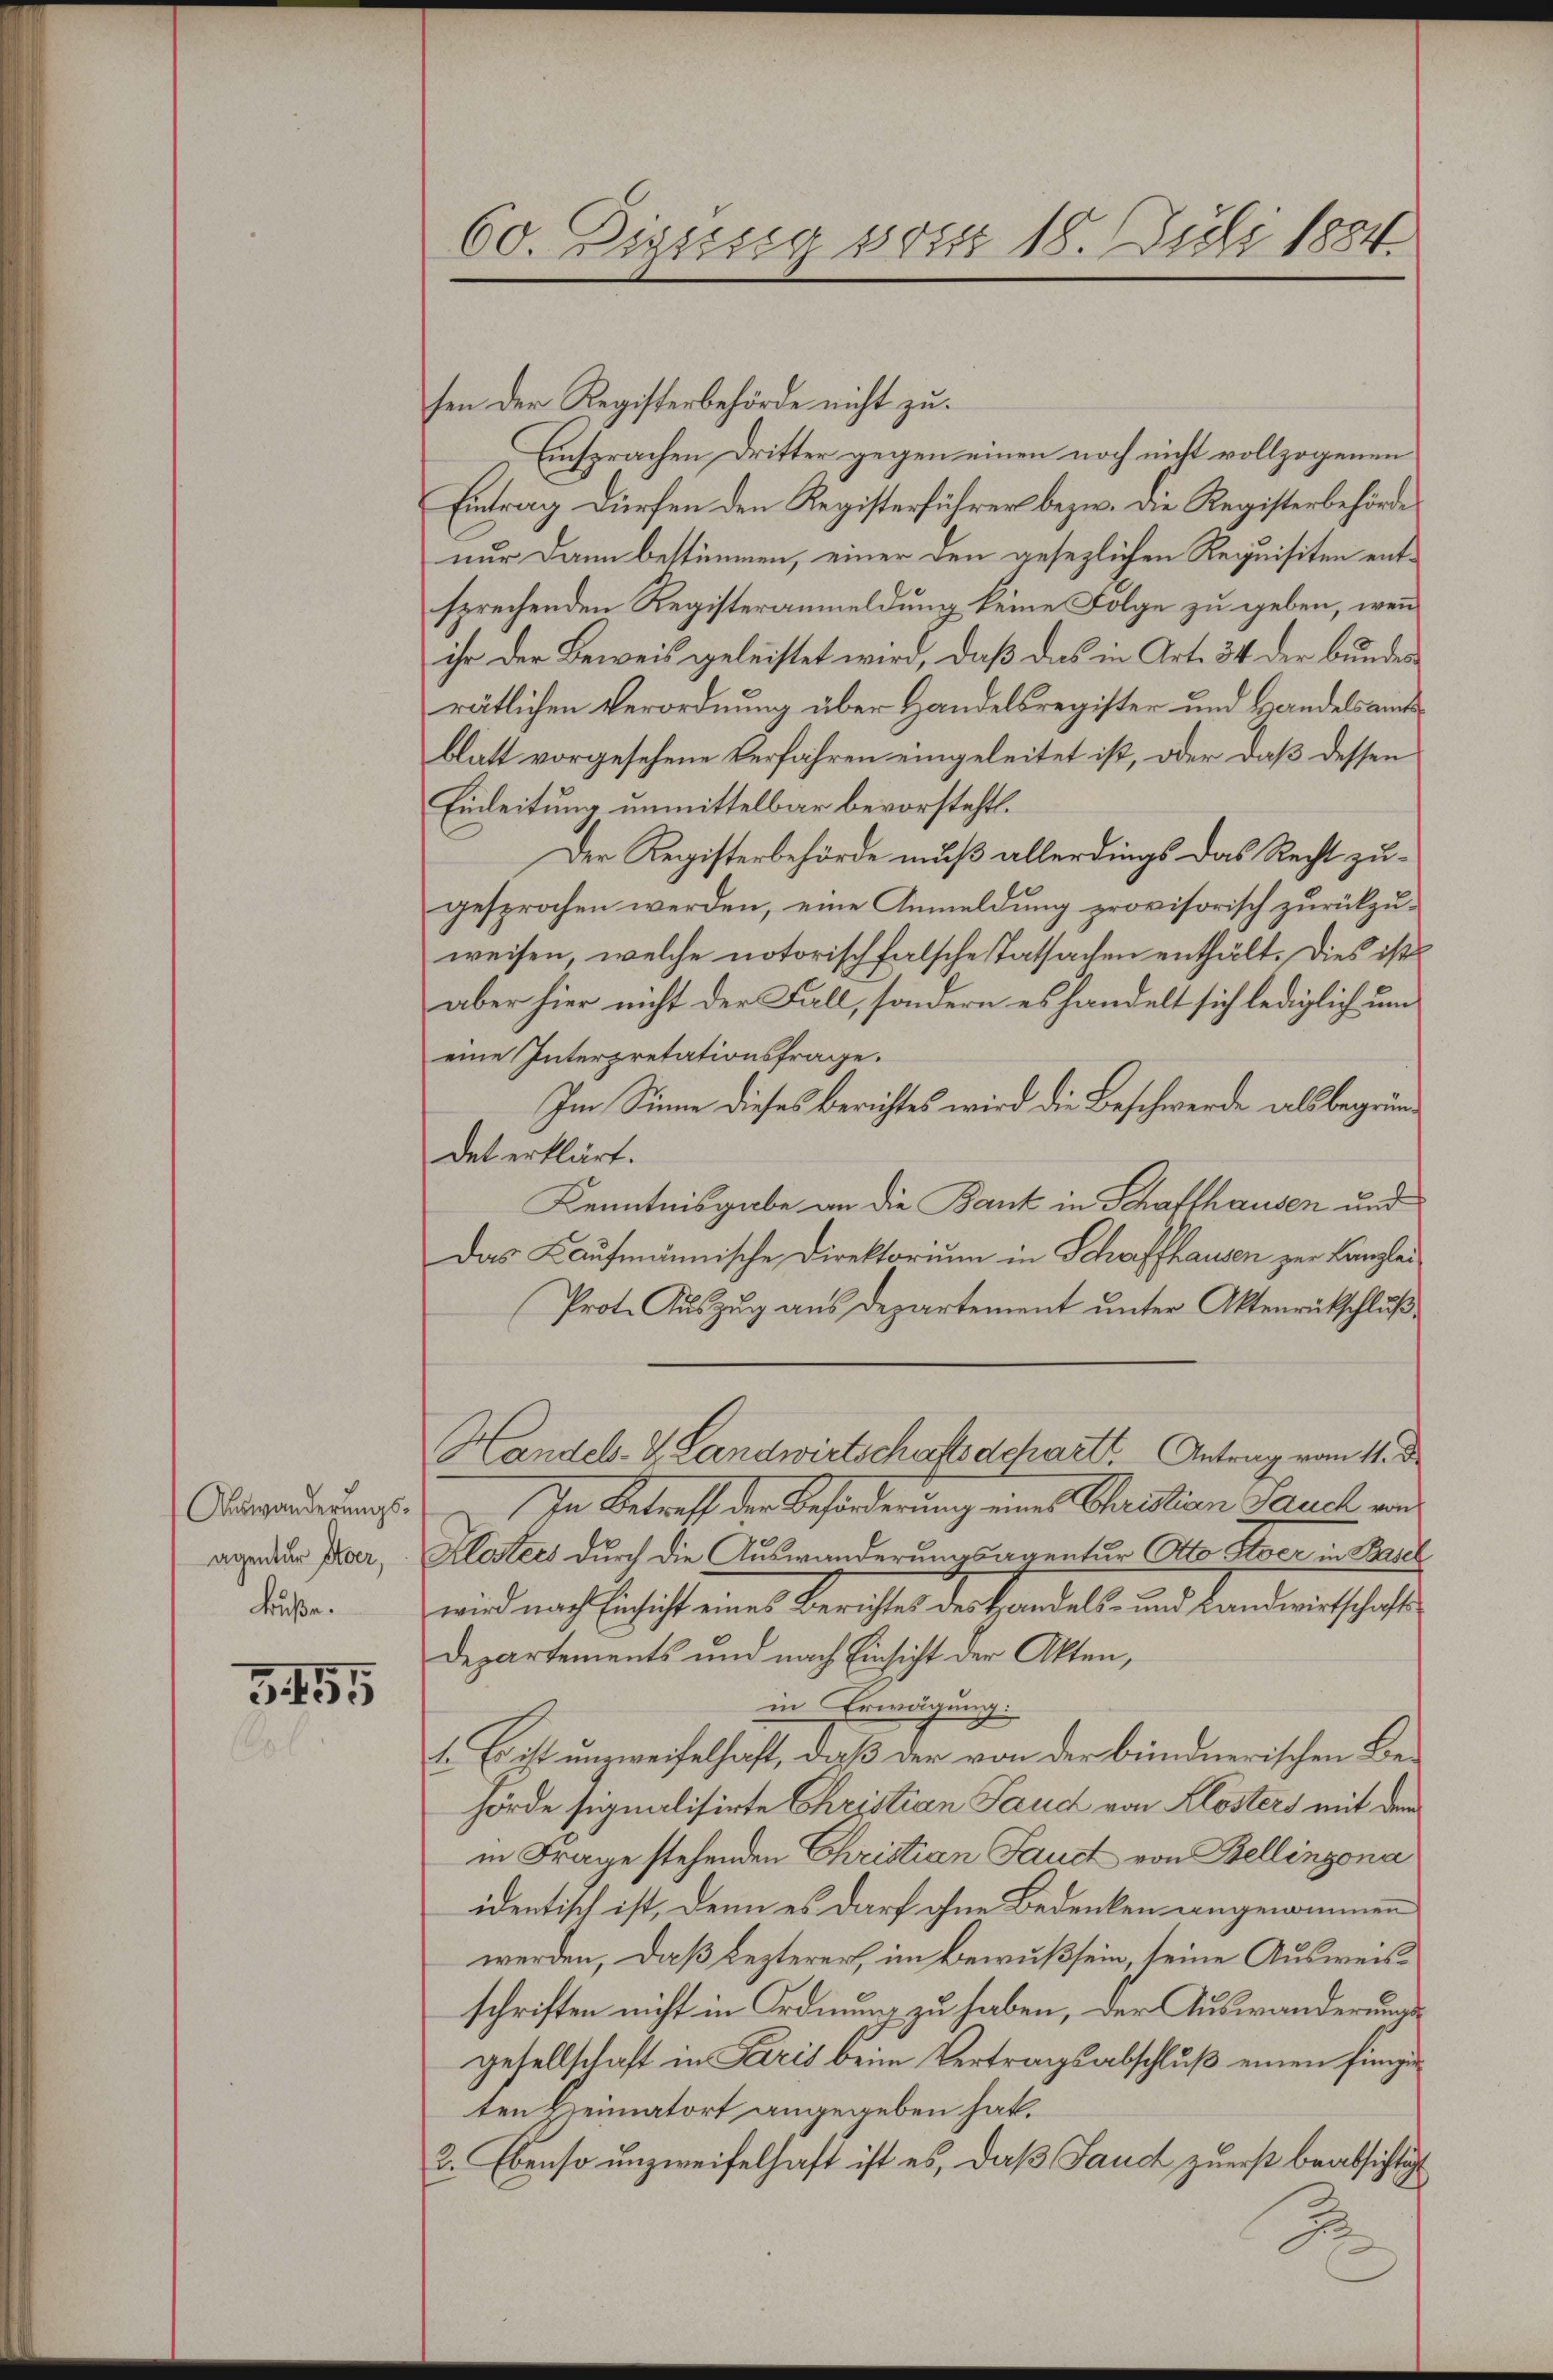
Auswanderungsagentur Aber,
Früße.

G. 151

60. Diesssig von 18. Juli 1884

sen der Registerbehörde nicht zu.
Einsprachen Dritter gegen einen noch nicht vollzogenen
Eintrag dürfen den Registerführer bezw. die Registerbehörde
nur dann bestimmen, einer den gesezlichen Requisiten entsprechenden Registeranmeldung keine Folge zu geben, wenn
ihr der Beweis geleistet wird, daß das in Art. 34 der bundesrätlichen Verordnung über Handelsregister und Handelsamtsblatt vorgesehene Verfahren eingeleitet ist, oder daß dessen
Einleitung unmittelbar bevorsteht.
Der Registerbehörde muß allerdings das Recht zugesprochen werden, eine Anmeldŭng provisorisch zŭrückzŭ-
weisen, welche notorischfalsche Tatsachen enthält. Dies ist
aber hier nicht der Fall, sondern es handelt sich lediglich um
eine Interpretationsfrage.
Im Sinne dieses Berichtes wird die Beschwerde als begründet erklärt.
Kenntnisgabe an die Bank in Schaffhausen und
Das Kaufmännische Direktorium in Schaffhausen zur Kanzlei
Prote Auszug aus Departement unter Aktenrückschluß¬
Handel- & Landwirtschaftsdchart. Antrag vom 11. De
In Betreff der Beförderung eines Christian Sauch von
Maters durch die Auswanderungsagentur Otto Siver in Basel
wird nach Einsicht eines Berichtes des Handels- und Landwirtschaft
Departements und nach Einsicht der Akten,
in Erwägung
1. Es ist unzweifelhaft, daß der von der bündnerischen Behörde signalisirte Christian Saud von Klösters mit dem
in Frage stehenden Christian Sauct von Bellinzona
identisch ist, denn es darf ohne Bedenken angenommen
werden, daß Lezterer, im Bewußsein, seine Ausweisschriften nicht in Ordnung zu haben, der Auswanderungs
gesellschaft in Paris beim Vertragsabschluß einen funge
ten Heimatort angegeben hat.
2. Ebenso unzweifelhaft ist es, daß Jauch zuerst beabsichtig
2